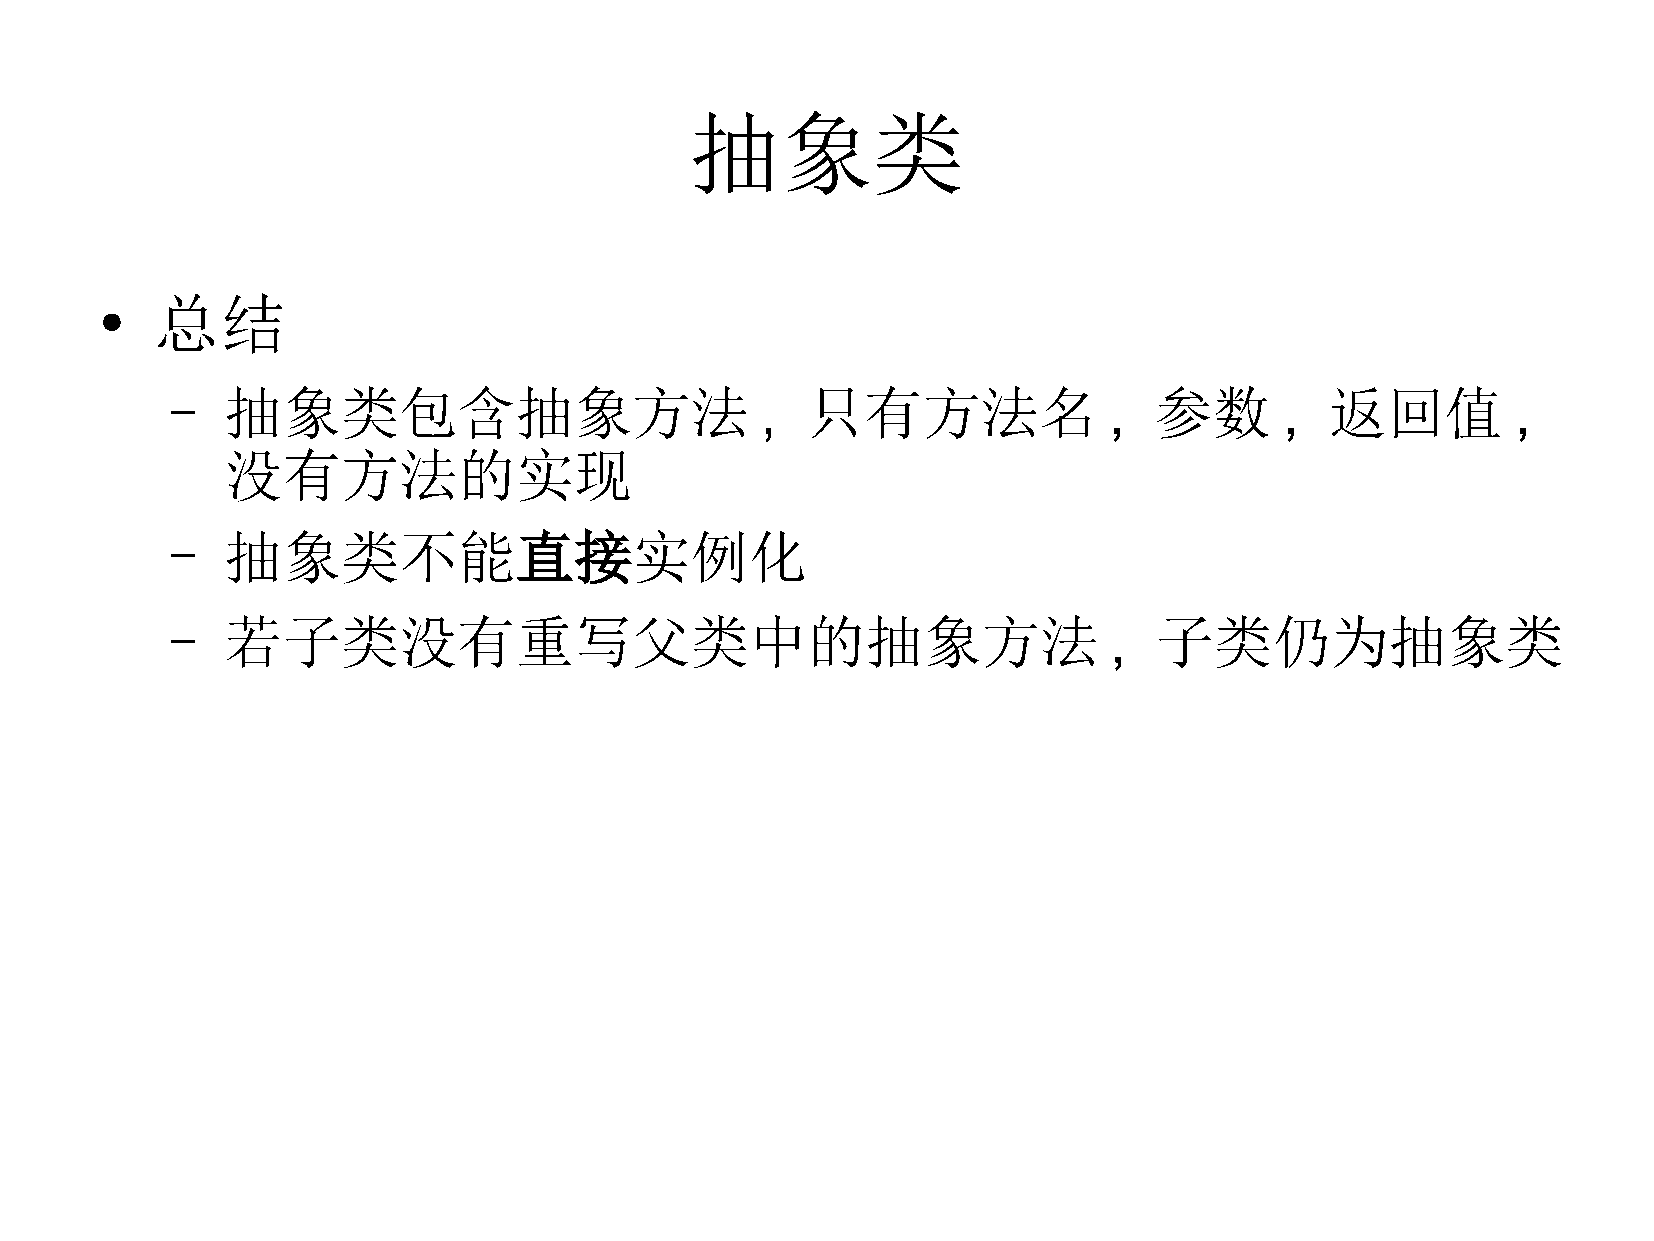
抽象类
 总结
 ●
 –   抽象类包含抽象方法                          ,  只有方法名               ,  参数       ,  返回值         ,
 没有方法的实现
 –   抽象类不能直接实例化
 –   若子类没有重写父类中的抽象方法                                           ,  子类仍为抽象类